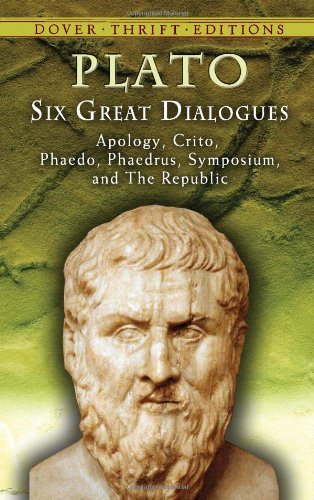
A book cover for Six Great Dialogues: Apology, Crito, Phaedo, Phaedrus, Symposium, The Republic (Dover Thrift Editions); Plato; Politics & Social Sciences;